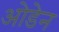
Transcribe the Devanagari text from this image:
ओडेन